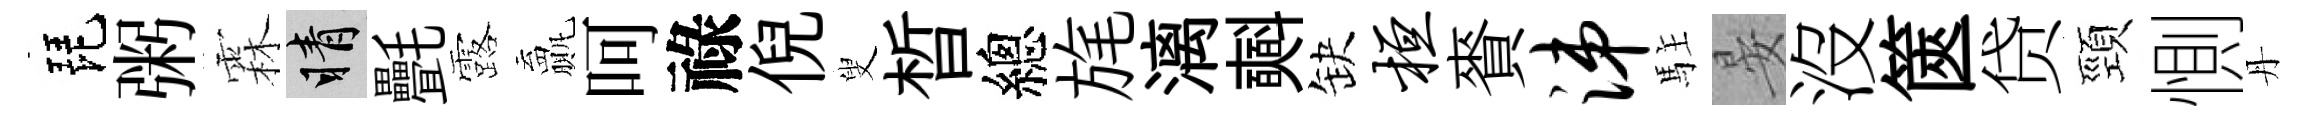
琵粥霖睛㲲露贏呵祿倪叟晳總旄漓𣂏缺桓賚涕駐晏沒篋贷頸惻丹